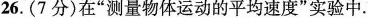
26.(7分)在”测量物体运动的平均速度”实验中.